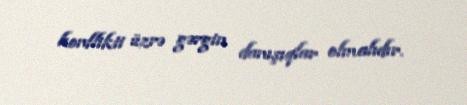
konflikti üzrə gərgin danışıqlar olmalıdır.